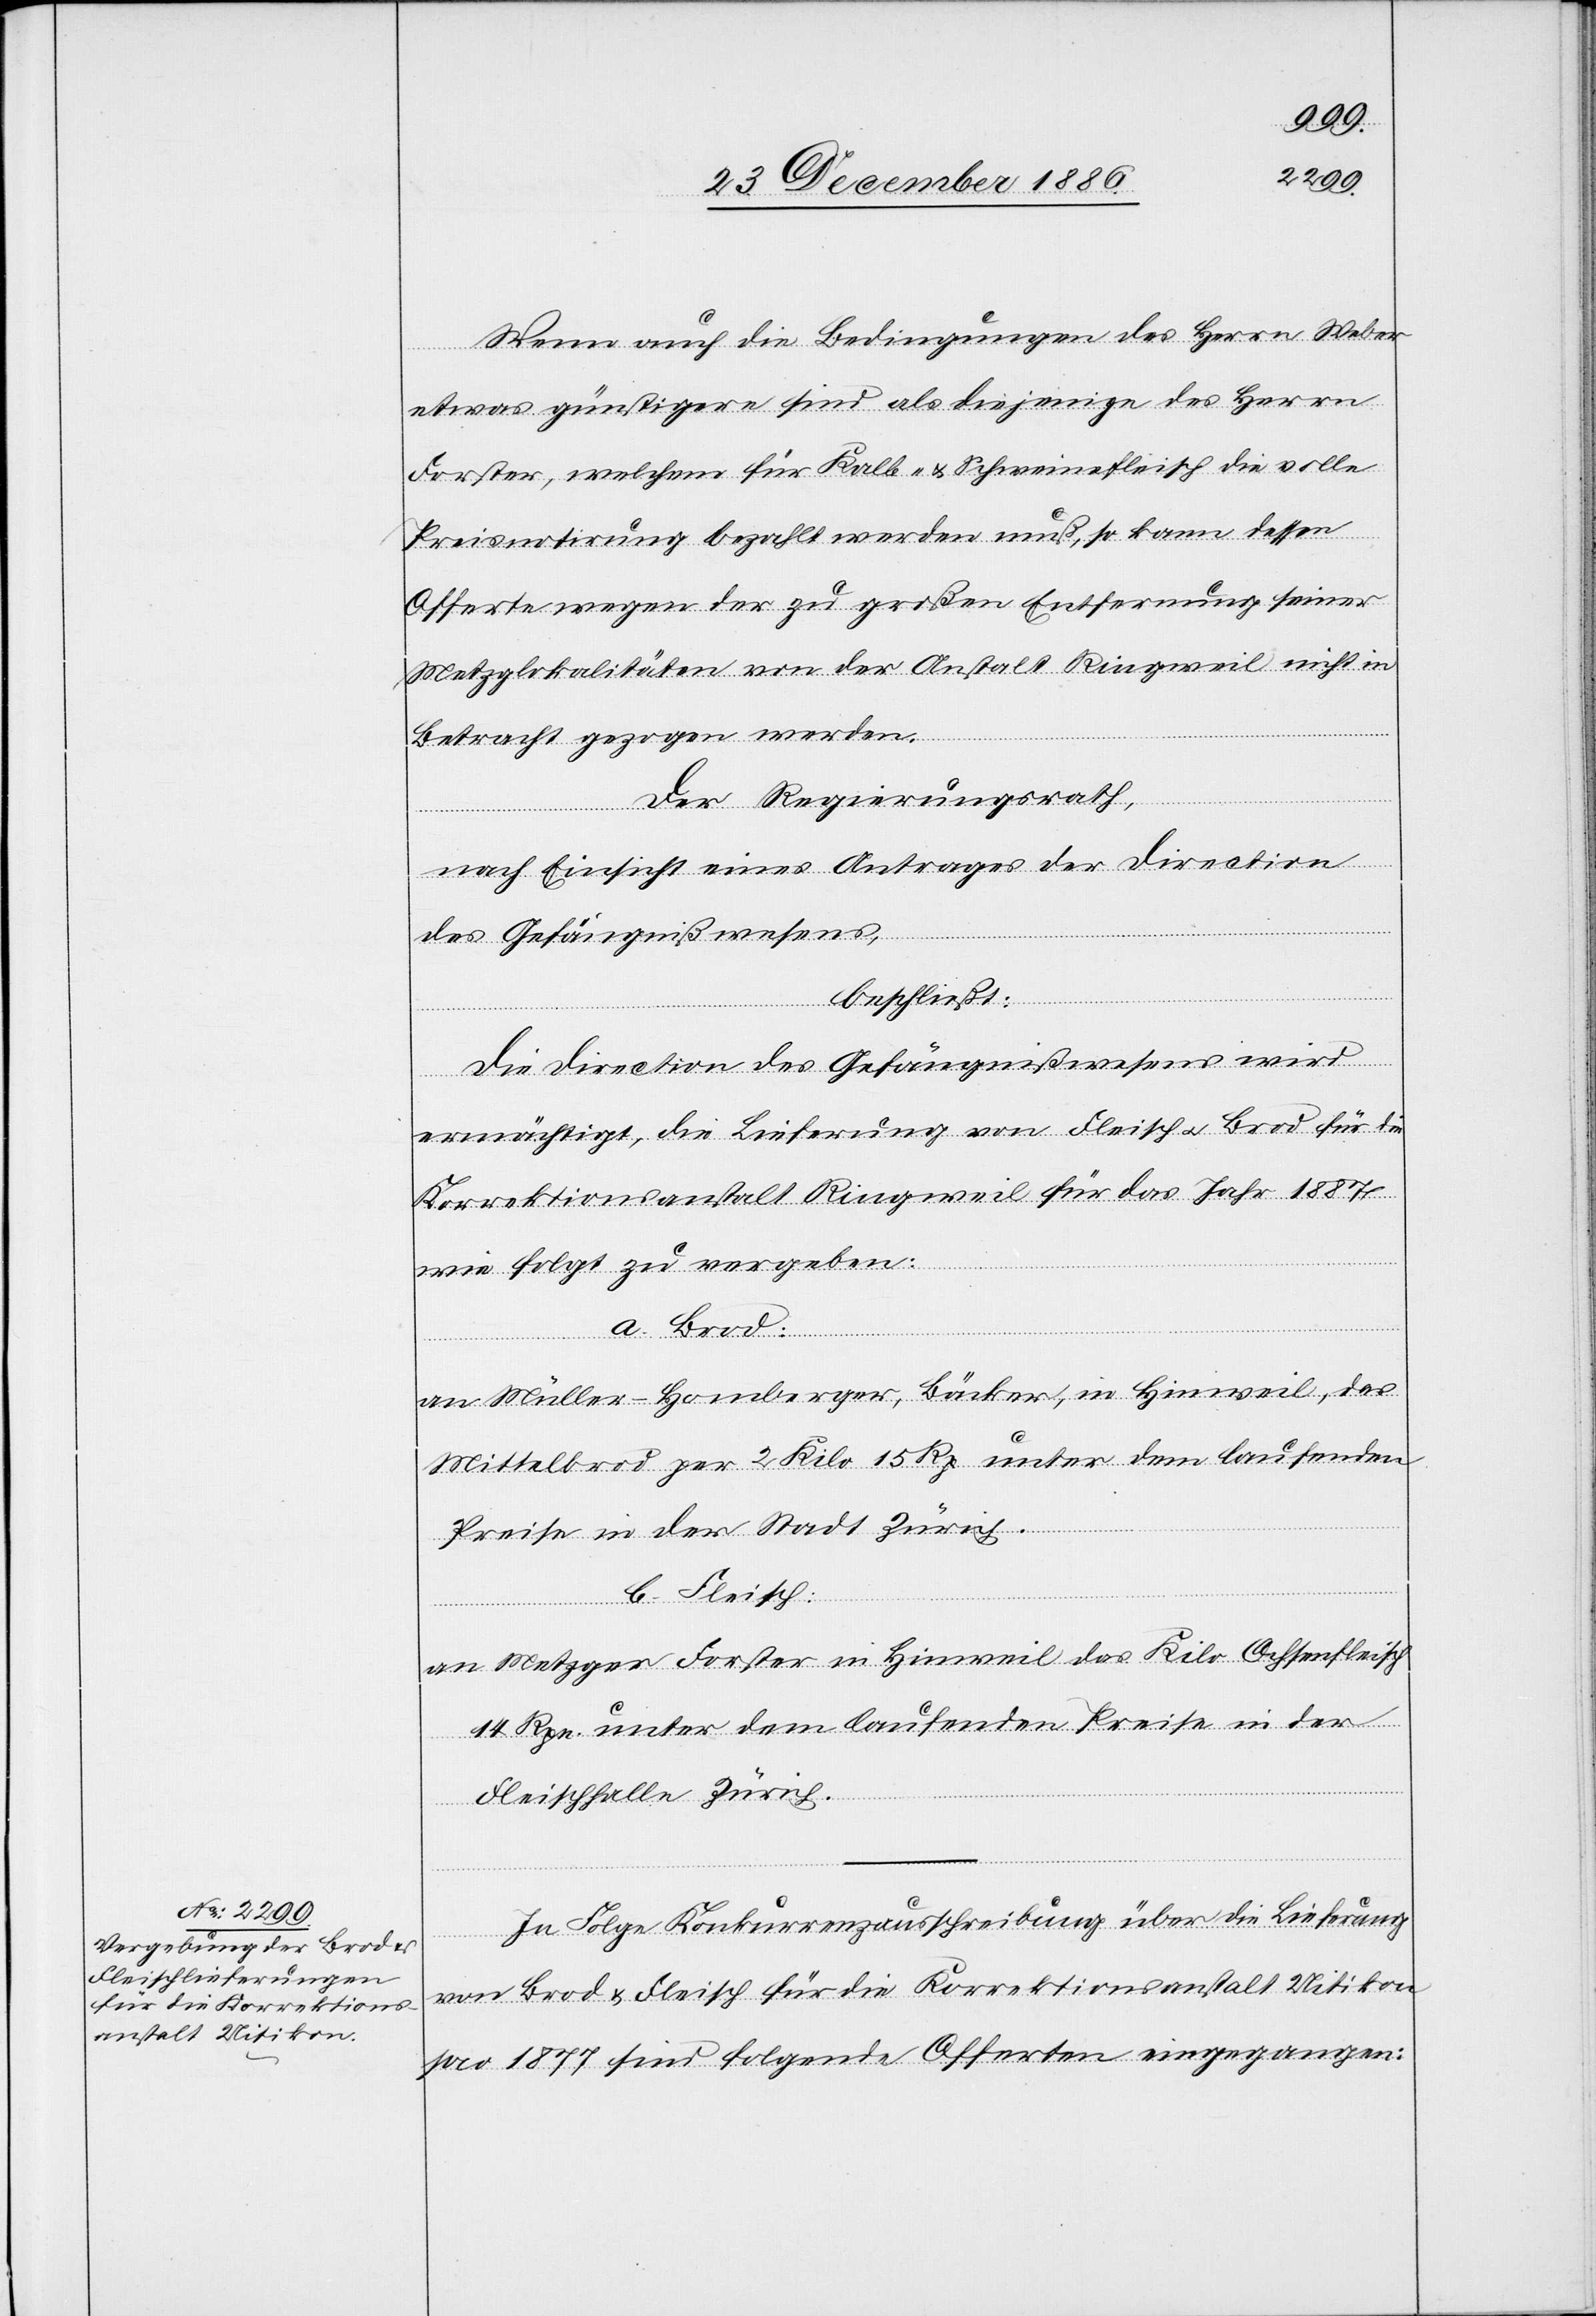
Wenn auch die Bedingungen des Herrn Weber
etwas günstigere sind als diejenige des Herrn
Forster, welchem für Kalb- & Schweinefleisch die volle
Preisnotirung bezahlt werden muß, so kann dessen
Offerte wegen der zu großen Entfernung seiner
Metzglokalitäten von der Anstalt Ringweil nicht in
Betracht gezogen werden.
Der Regierungsrath,
nach Einsicht eines Antrages der Direction
des Gefängnißwesens,
beschließt:
Die Direction des Gefängnißwesens wird
ermächtigt, die Lieferung von Fleisch & Brod für die
Korrektionsanstalt Ringweil für das Jahr 1887
wie folgt zu vergeben:
a. Brod:
an Müller-Homberger, Bäcker, in Hinweil, das
Mittelbrod per 2 Kilo 15 Rp. unter dem laufenden
Preise in der Stadt Zürich.
b. Fleisch:
an Metzger Forster in Hinweil, das Kilo Ochsenfleisch
14 Rpn. unter dem laufenden Preise in der
Fleischhalle Zürich.
In Folge Konkurrenzausschreibung über die Lieferung
von Brod & Fleisch für die Korrektionsanstalt Uitikon
pro 1877 sind folgende Offerten eingegangen: